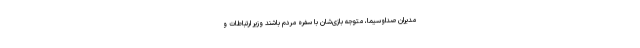
مدیران صداوسیما، متوجه بازی‌شان با سفره مردم باشند وزیر ارتباطات و